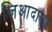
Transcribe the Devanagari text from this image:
जिआदातर